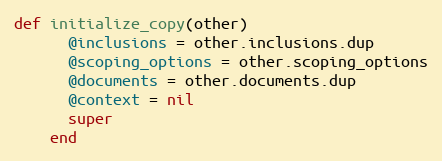
Language: Ruby
def initialize_copy(other)
      @inclusions = other.inclusions.dup
      @scoping_options = other.scoping_options
      @documents = other.documents.dup
      @context = nil
      super
    end